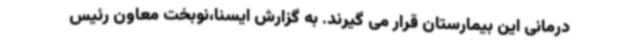
درمانی این بیمارستان قرار می گیرند. به گزارش ایسنا،نوبخت معاون رئیس